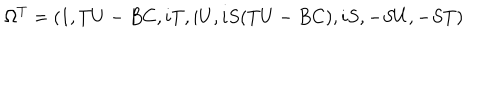
\Omega ^ { T } = ( 1 , T U - B C , i T , i U , i S ( T U - B C ) , i S , - S U , - S T )